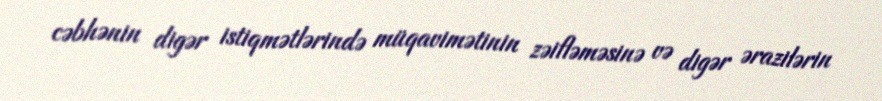
cəbhənin digər istiqmətlərində müqavimətinin zəifləməsinə və digər ərazilərin